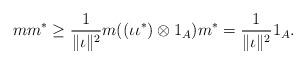
LaTeX: \begin{align*} mm^* \geq \frac{1}{\|\iota\|^2}m((\iota\iota^*) \otimes 1_A)m^* = \frac{1}{\|\iota\|^2} 1_A. \end{align*}